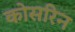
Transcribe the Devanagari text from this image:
कोर्सारेन